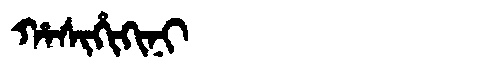
Manchu: ᡥᠠᠰᡳᡥᡳᡴᡳᠨᡳ
Romanization: HASIHIKINI